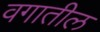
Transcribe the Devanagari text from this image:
वगातील